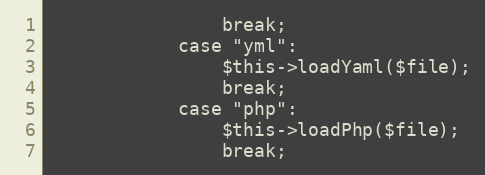
Language: PHP
                break;
            case "yml":
                $this->loadYaml($file);
                break;
            case "php":
                $this->loadPhp($file);
                break;